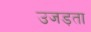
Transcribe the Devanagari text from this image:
उजड़ता